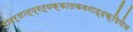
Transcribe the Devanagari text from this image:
गादर्शात्प्रत्यक्कालकवनाद्दक्षिणेन